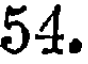
54.